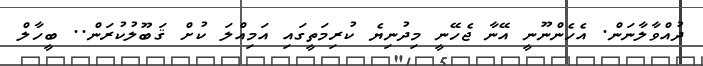
ދުއްވާލާނަން. އެހެންނޫނީ އޭނާ ޖެހޭނީ މިދުނިޔެ ކުރިމަތީގައި އަމިއްލަ ކުށް ޤަބޫލުކުރަން.. ބީހާލް